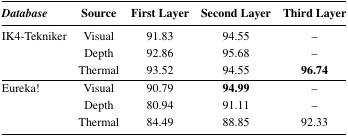
| Database | Source | First Layer | Second Layer | Third Layer |
 | --- | --- | --- | --- | --- |
 | IK4-Tekniker | Visual | 91.83 | 94.55 | – |
 |  | Depth | 92.86 | 95.68 | – |
 |  | Thermal | 93.52 | 94.55 | 96.74 |
 | Eureka! | Visual | 90.79 | 94.99 | – |
 |  | Depth | 80.94 | 91.11 | – |
 |  | Thermal | 84.49 | 88.85 | 92.33 |